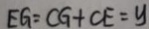
E G = C G + C E = y